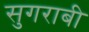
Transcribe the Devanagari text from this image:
सुगराबी